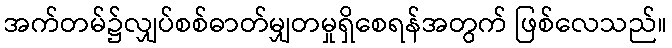
အက်တမ်၌လျှပ်စစ်ဓာတ်မျှတမှုရှိစေရန်အတွက် ဖြစ်လေသည်။